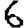
Digit: 6